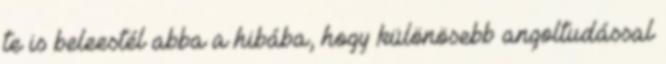
te is beleestél abba a hibába, hogy különösebb angoltudással